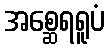
အစ္ဆေရရူပံ